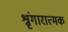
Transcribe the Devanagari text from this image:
श्रृंगारात्मक